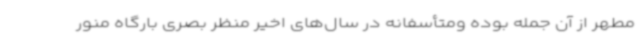
مطهر از آن جمله بوده ومتأسفانه در سال‌های اخیر منظر بصری بارگاه منور